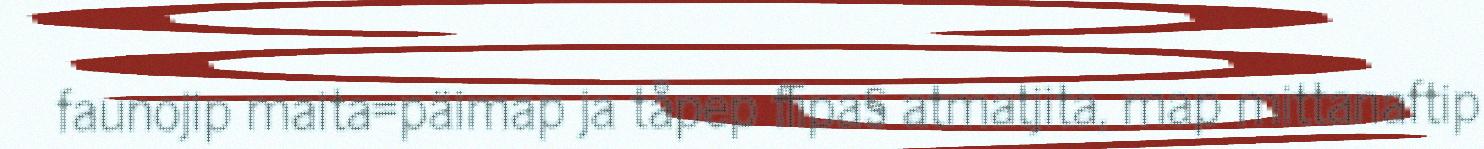
faunojip maita=päimap ja tåpep ffipa§ atmatjita, map mittanaftip